Medical and sanitary report of the native army of Bengal for the year
Year: 1878
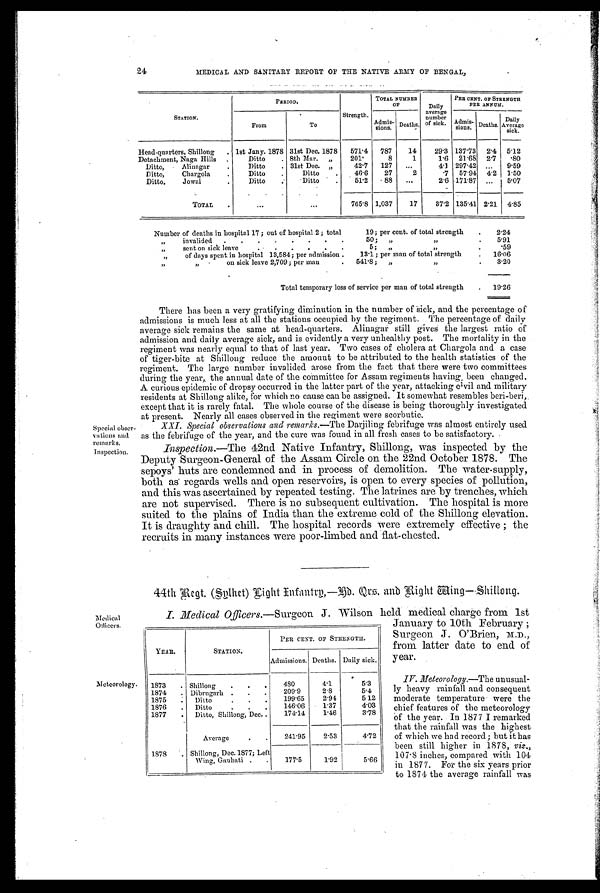
Special obser
-vations and
remarks.
Inspection.
24 MEDICAL AND SANITARY REPORT OF THE NATIVE ARMY OF BENGAL,
STATION.
PERIOD.
Strength.
TOTAL NUMBER
O F
Daily
average
number
of sick.
PER CENT. OF STRENGTH
PER ANNUM.
From
To
Admis-
sions. Deaths.
Admi s-
sions. Deaths. Daily
Average sick.
Head-quarters, Shillong . 1st Jany. 1878 31st Dec. 1878 571.4 787
14
29.3 137.73 2.4 5.12
Detachment, Naga Hills .
Ditto
. 8th Mar. „
201.
8
1
1.6 21.68 2.7 .80
Ditto,
Alinagar
.
Ditto
. 31st Dec. „
42.7 127 ...
4.1 297.42 ... 9.59
Ditto,
Chargola
.
Ditto
.
Ditto
.
46.6
27
2
.7 57.94 4.2 1.50
Ditto,
Jowai
Ditto .
Ditto .
51.2
88 ...
2.6 171.87 ... 5.07
TOTAL .
...
...
765.8 1,037
17
37.2 135.41 2.21 4.85
Number of deaths in hospital 17 ; out of hospital 2 ; total
19; per cent. of total strength . 2.24
„ invalided . . . .
. . . .
50; „
„
.
5.91
„
sent on sick leave..
. . .
5;
„
„ .
.59
„
of days spent in hospital 13,584; per admission .
13.1; per man of total strength
. 16.06
„ „
on sick leave 2,709; per man
. 541.8; „
„
• 3.20
Total temporary loss of service per man of total strength
. 19.26
Medical
Officers.
Meteorology.
There has been a very gratifying diminution in the number of Sick, and the percentage of
admissions is much less at all the stations occupied by the regiment, The percentage of daily
average sick remains the same at head-quarters. Alinagar still gives the largest ratio of
admission and daily average sick, and is evidently a very unhealthy post. The mortality in the
regiment was nearly equal to that of last year. Two cases of cholera at Chargola and a case
of tiger-bite at Shillong reduce the amount to be attributed to the health statistics of the
regiment. The large number invalided arose from the fact that there were two committees
during the year, the annual date of the committee for Assam regiments having. been changed.
A curious epidemic of dropsy occurred in the latter part of the year, attacking civil and military
residents at Shillong alike, for which no cause can be assigned. It somewhat resembles beri-beri,.
except that it is rarely fatal. The whole course of the disease is being thoroughly investigated
at present. Nearly all cases observed in the regiment were scorbutic.
XXI. Special observations and remarks.— The Darjiling febrifuge was almost entirely used
as the febrifuge of the year, and the cure was found in all fresh cases to be satisfactory.
Inspection. —The 42nd Native Infantry, Shillong, was inspected by the
Deputy Surgeon-General of the Assam Circle on the 22nd October 1878. The
sepoys' huts are condemned and in process of demolition. The water-supply,
both as regards wells and open reservoirs, is open to every species of pollution,
and this was ascertained by repeated testing. The latrines are by trenches, which
are not supervised. There is no subsequent cultivation. The hospital is more
suited to the plains of India than the extreme cold of the Shillong elevation.
It is draughty and chill. The hospital records were extremely effective ; the
recruits in many instances were poor-limbed and flat-chested.
44th Regt (Sylhct) Light Infantry,—Rd. Qrs. and Right Wing—Shillong.
I. Medical Officers.— S u r g e o n J . W i l s o n h e l d m e d i c a l c h a r g e f r o m 1 s t
January to 10th February ;
Surgeon J. O'Brien, M.D.,
from latter date to end of
year.
IV. Meteorology.—The unusual
- l y h e a v y r a i n f a l l a n d c o n s e q u e n t
moderate temperature were the
chief features of the meteorology
o f t h e y e a r . I n 1 8 7 7 I r e m a r k e d
that the rainfall was the highest
of which we had record ; but it has
been still higher in 1878, viz.,
107.8 inches, compared with 104
in 1877. For the six years prior
to 1874 the average rainfall was
YEAR.
STATION.
PER CENT. OF STRENGTH.
Admissions. Deaths. Daily sick.
1873 . Shillong . . .
480
4.1
5.3
1874 . Dibrugarh . . .
209.9
2.8
5.4
1875
. Ditto
. . .
199.65
2.91
512
1876 . Ditto
. . .
146.06
1.37
4.03
1877 . Ditto, Shillong, Dec..
174.14
1.46
3.78
Average
. .
241.95
2.53
4.72
1878 . Shillong, Dec.1877; Left
Wing, Gaubati . .
177.5
1.92
5.66